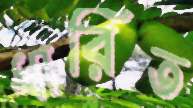
ধারিত